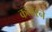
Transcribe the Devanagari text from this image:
कतारने